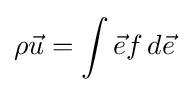
\rho {\vec {u}}=\int {\vec {e}}f\,d{\vec {e}}